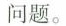
问题。